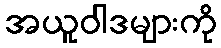
အယူဝါဒများကို